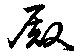
殿